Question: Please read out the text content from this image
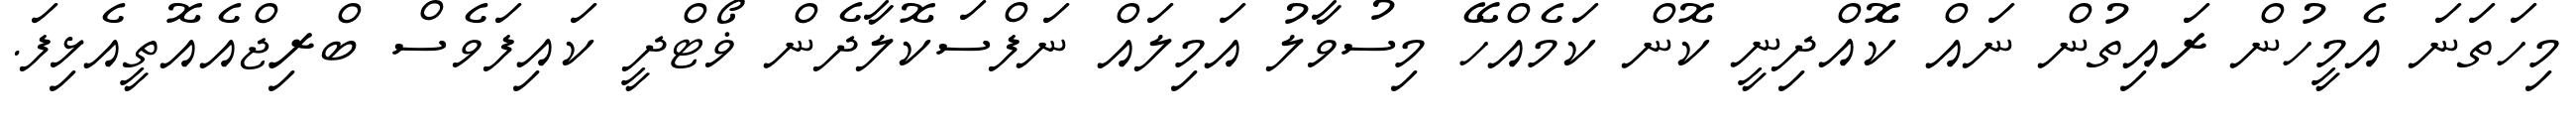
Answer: މިހަތަނަ އެމީހުން ރައިތުން ނައް ކޮެއްދިނީ ކޮން ކަމެއްހޭ މިސުވާލު އަމިލައް ނަފްސަކޮލާދެން ޥޯޓްދީ ކައިފަވެސް ބްރިޖްއެއޮތީއެޅިފަ.